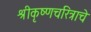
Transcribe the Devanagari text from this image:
श्रीकृष्णचरित्राचे